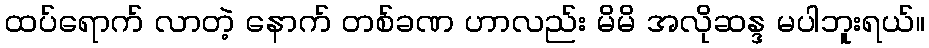
ထပ်ရောက် လာတဲ့ နောက် တစ်ခဏ ဟာလည်း မိမိ အလိုဆန္ဒ မပါဘူးရယ်။